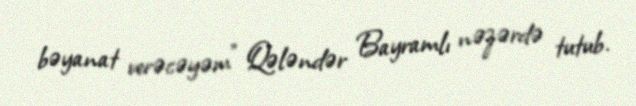
bəyanat verəcəyəm" Qələndər Bayramlı nəzərdə tutub.